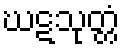
ဃဋသုတ္တံ